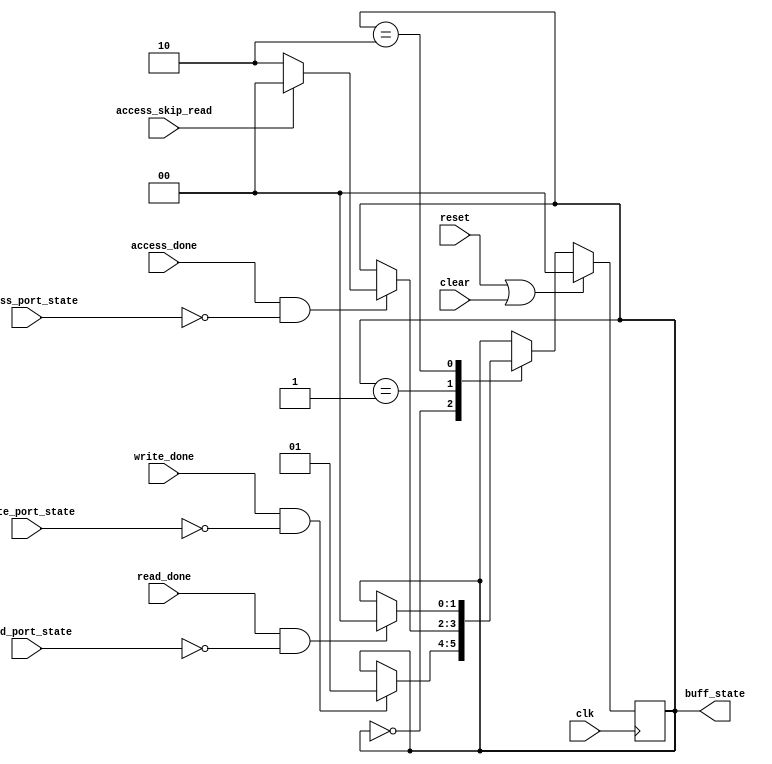
module buff_sm
  #(parameter PORT_USE_FLAG=0)
   (input clk, input reset, input clear,
    input write_done, input access_done, input access_skip_read, input read_done,
    input [1:0] write_port_state, input [1:0] access_port_state, input [1:0] read_port_state,
    output reg [1:0] buff_state);
   localparam BUFF_WRITABLE = 0;
   localparam BUFF_ACCESSIBLE = 1;
   localparam BUFF_READABLE = 2;
   localparam BUFF_ERROR = 3;
   always @(posedge clk)
     if(reset | clear)
       buff_state <= BUFF_WRITABLE;
     else
       case(buff_state)
	 BUFF_WRITABLE :
	   if(write_done & (write_port_state == PORT_USE_FLAG))
	     buff_state <= BUFF_ACCESSIBLE;
	 BUFF_ACCESSIBLE :
	   if(access_done & (access_port_state == PORT_USE_FLAG))
	     if(access_skip_read)
	       buff_state <= BUFF_WRITABLE;
	     else
	       buff_state <= BUFF_READABLE;
	 BUFF_READABLE :
	   if(read_done & (read_port_state == PORT_USE_FLAG))
	     buff_state <= BUFF_WRITABLE;
	 BUFF_ERROR :
	   ;
       endcase
endmodule